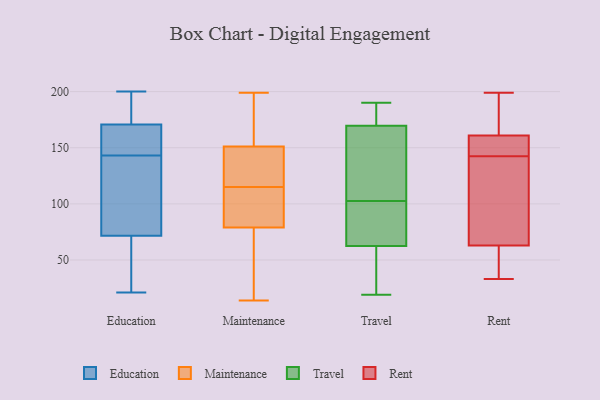
{"axis": {"x": "Satisfaction Score", "y": "Value"}, "legend": ["Education", "Maintenance", "Rent", "Travel"], "data": [{"x": "", "y": 184, "type": "Education"}, {"x": "", "y": 69, "type": "Education"}, {"x": "", "y": 21, "type": "Education"}, {"x": "", "y": 160, "type": "Education"}, {"x": "", "y": 143, "type": "Education"}, {"x": "", "y": 79, "type": "Education"}, {"x": "", "y": 160, "type": "Education"}, {"x": "", "y": 42, "type": "Education"}, {"x": "", "y": 164, "type": "Education"}, {"x": "", "y": 111, "type": "Education"}, {"x": "", "y": 150, "type": "Education"}, {"x": "", "y": 193, "type": "Education"}, {"x": "", "y": 173, "type": "Education"}, {"x": "", "y": 42, "type": "Education"}, {"x": "", "y": 104, "type": "Education"}, {"x": "", "y": 189, "type": "Education"}, {"x": "", "y": 200, "type": "Education"}, {"x": "", "y": 109, "type": "Education"}, {"x": "", "y": 45, "type": "Education"}, {"x": "", "y": 14, "type": "Maintenance"}, {"x": "", "y": 29, "type": "Maintenance"}, {"x": "", "y": 34, "type": "Maintenance"}, {"x": "", "y": 187, "type": "Maintenance"}, {"x": "", "y": 22, "type": "Maintenance"}, {"x": "", "y": 125, "type": "Maintenance"}, {"x": "", "y": 107, "type": "Maintenance"}, {"x": "", "y": 166, "type": "Maintenance"}, {"x": "", "y": 115, "type": "Maintenance"}, {"x": "", "y": 131, "type": "Maintenance"}, {"x": "", "y": 146, "type": "Maintenance"}, {"x": "", "y": 127, "type": "Maintenance"}, {"x": "", "y": 194, "type": "Maintenance"}, {"x": "", "y": 101, "type": "Maintenance"}, {"x": "", "y": 199, "type": "Maintenance"}, {"x": "", "y": 94, "type": "Maintenance"}, {"x": "", "y": 105, "type": "Maintenance"}, {"x": "", "y": 175, "type": "Travel"}, {"x": "", "y": 21, "type": "Travel"}, {"x": "", "y": 162, "type": "Travel"}, {"x": "", "y": 71, "type": "Travel"}, {"x": "", "y": 96, "type": "Travel"}, {"x": "", "y": 64, "type": "Travel"}, {"x": "", "y": 181, "type": "Travel"}, {"x": "", "y": 114, "type": "Travel"}, {"x": "", "y": 61, "type": "Travel"}, {"x": "", "y": 19, "type": "Travel"}, {"x": "", "y": 71, "type": "Travel"}, {"x": "", "y": 190, "type": "Travel"}, {"x": "", "y": 42, "type": "Travel"}, {"x": "", "y": 184, "type": "Travel"}, {"x": "", "y": 164, "type": "Travel"}, {"x": "", "y": 109, "type": "Travel"}, {"x": "", "y": 199, "type": "Rent"}, {"x": "", "y": 192, "type": "Rent"}, {"x": "", "y": 73, "type": "Rent"}, {"x": "", "y": 90, "type": "Rent"}, {"x": "", "y": 63, "type": "Rent"}, {"x": "", "y": 139, "type": "Rent"}, {"x": "", "y": 33, "type": "Rent"}, {"x": "", "y": 150, "type": "Rent"}, {"x": "", "y": 123, "type": "Rent"}, {"x": "", "y": 174, "type": "Rent"}, {"x": "", "y": 161, "type": "Rent"}, {"x": "", "y": 43, "type": "Rent"}, {"x": "", "y": 187, "type": "Rent"}, {"x": "", "y": 146, "type": "Rent"}, {"x": "", "y": 44, "type": "Rent"}, {"x": "", "y": 50, "type": "Rent"}, {"x": "", "y": 160, "type": "Rent"}, {"x": "", "y": 150, "type": "Rent"}]}